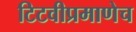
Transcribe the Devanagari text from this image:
टिटवीप्रमाणेच